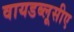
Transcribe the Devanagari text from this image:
वायडब्लूसीए